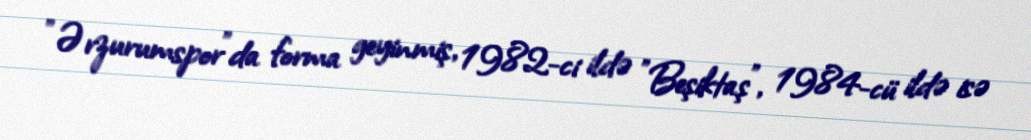
"Ərzurumspor"da forma geyinmiş, 1982-ci ildə "Beşiktaş", 1984-cü ildə isə